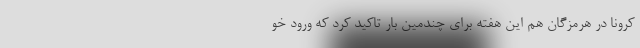
کرونا در هرمزگان هم این هفته برای چندمین بار تاکید کرد که ورود خو